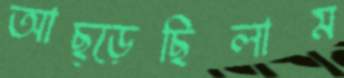
আছ্‌ড়েছিলাম